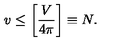
v \leq \left[ { \frac { V } { 4 \pi } } \right] \equiv N .